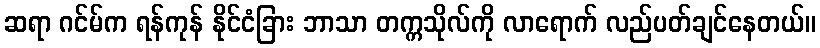
ဆရာ ဂင်မ်က ရန်ကုန် နိုင်ငံခြား ဘာသာ တက္ကသိုလ်ကို လာရောက် လည်ပတ်ချင်နေတယ်။